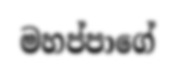
මහප්පාගේ